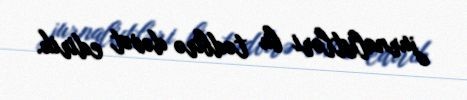
jurnalistləri bu tədbirə dəvət edirik.